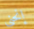
إنحني